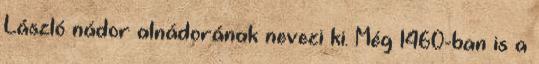
László nádor alnádorának nevezi ki. Még 1460-ban is a